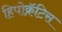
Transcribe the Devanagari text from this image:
हिपोक्रॅटिस